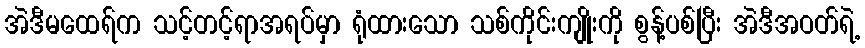
အဲဒီမထေရ်က သင့်တင့်ရာအရပ်မှာ ရုံထားသော သစ်ကိုင်းကျိုးကို စွန့်ပစ်ပြီး အဲဒီအဝတ်ရဲ့